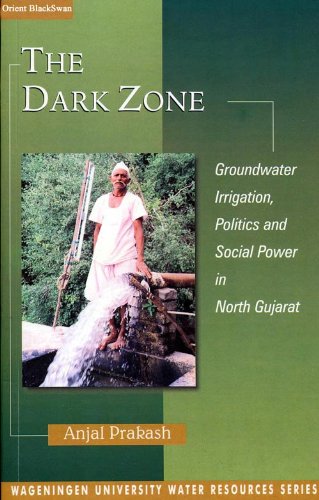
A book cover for The Dark Zone: Groundwater, Irrigation, Politics and Social Power in North Gujarat; Anjal Prakash; Science & Math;